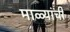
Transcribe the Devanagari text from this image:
माळ्यांची